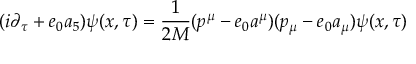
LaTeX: ( i \partial _ { \tau } + e _ { 0 } a _ { 5 } ) \psi ( x , \tau ) = \frac { 1 } { 2 M } ( p ^ { \mu } - e _ { 0 } a ^ { \mu } ) ( p _ { \mu } - e _ { 0 } a _ { \mu } ) \psi ( x , \tau )